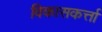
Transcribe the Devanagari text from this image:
विकासकर्त्ता